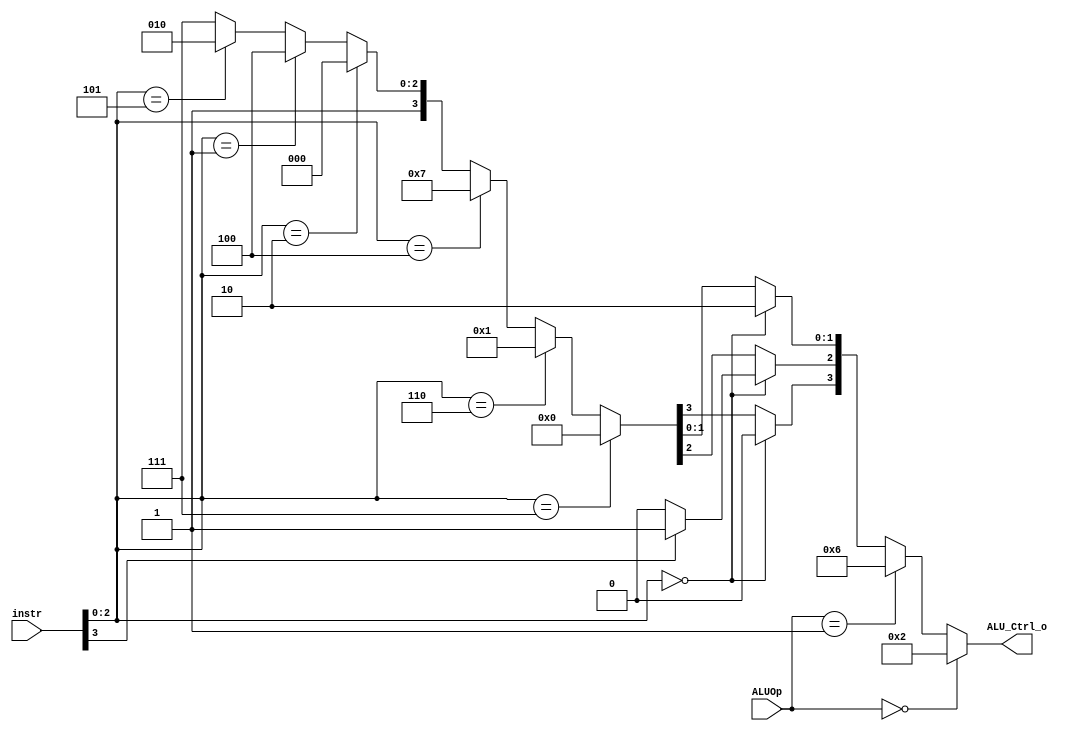
`timescale 1ns/1ps

module ALU_Ctrl(
	input		[4-1:0]	instr,
	input		[2-1:0]	ALUOp,
	output	reg [4-1:0] ALU_Ctrl_o
	);
	
/* Write your code HERE */
reg [4-1:0] ctl;

always @(*) begin
	if(ALUOp == 2'b00)begin //S-type 
		ctl = 4'b0010; //add
	end	
	else if(ALUOp == 2'b01)begin //B-type
		ctl = 4'b0110; //sub
	end	
	else begin //R-type
		if(instr[2:0] == 3'b000)begin //add, sub
			ctl = 4'b0010;
			ctl[2] = (instr[3]==1 ? 1:0); //funct7
		end	
		else if(instr[2:0] == 3'b111)begin //and
			ctl = 4'b0000;//
		end	
		else if(instr[2:0] == 3'b110)begin //or
			ctl = 4'b0001;//
		end	
		else if(instr[2:0] == 3'b100)begin //xor
			ctl = 4'b0111;	
		end
		else if(instr[2:0] == 3'b010)begin //slt
			ctl = 4'b1000;	
		end
		else if(instr[2:0] == 3'b001)begin //sll
			ctl = 4'b1100;	
		end
		else if(instr[2:0] == 3'b101)begin //sra
			ctl = 4'b1010;	
		end
		else begin
			ctl = 4'b1111;	
		end
	end
	ALU_Ctrl_o = ctl;
end	

endmodule